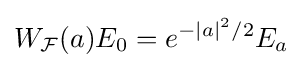
W_{\mathcal {F}}(a)E_{0}=e^{-|a|^{2}/2}E_{a}